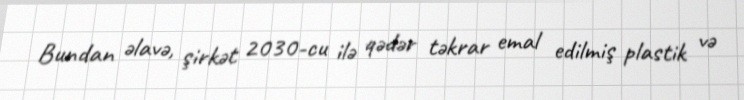
Bundan əlavə, şirkət 2030-cu ilə qədər təkrar emal edilmiş plastik və